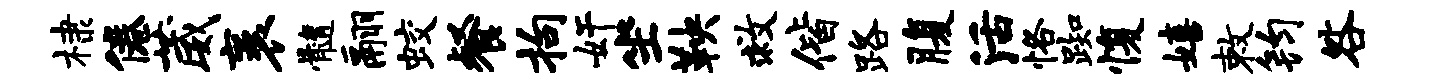
棣倦葳袤髓翮蛟餐拘奸坐鞅救偕路腹活恪踟愎嬉敕钧咎